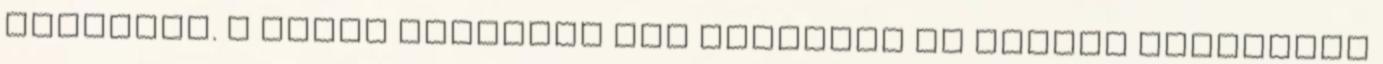
listáját. A korán bekapott gól ellenére az Ottawa fordítani